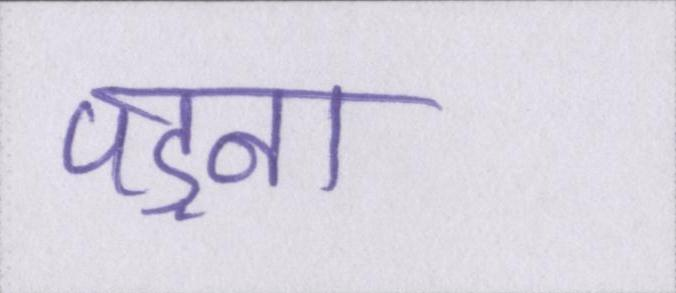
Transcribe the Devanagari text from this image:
पड़ना